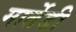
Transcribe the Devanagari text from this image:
मार्तेडी